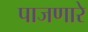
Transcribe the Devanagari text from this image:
पाजणारे